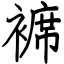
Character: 褯